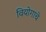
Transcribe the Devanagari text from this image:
वियोगाचे